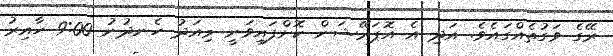
ރޭގެ ވަގުތެއްގައެވެ. އަދި އެ އޮޕަރޭޝަން ކޮށްފައިވަނީ މިއަދު ހެނދުނު 9:00 ހާއިރު